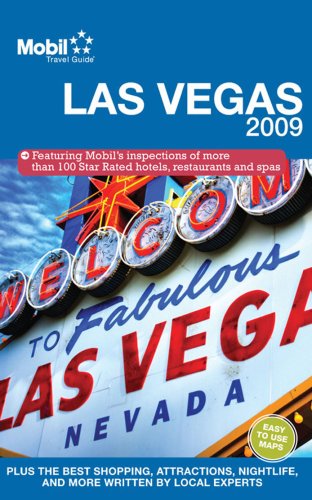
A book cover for Mobil Travel Guide Las Vegas (Mobil Travel Guide City Guides Domestic) (Mobil Travel Guide City Guides (Easy to Read Maps)); Mobil; Travel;